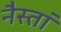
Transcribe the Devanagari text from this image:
नैस्तां